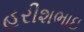
હરીશભાઇ